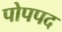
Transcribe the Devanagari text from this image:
पोपपद